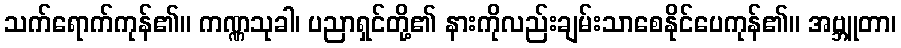
သက်ရောက်ကုန်၏။ ကဏ္ဏသုခါ၊ ပညာရှင်တို့၏ နားကိုလည်းချမ်းသာစေနိုင်ပေကုန်၏။ အဗ္ဘူတာ၊